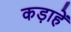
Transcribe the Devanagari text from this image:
कड़ाहें